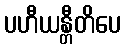
ပဟီယန္တီတိပေ